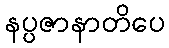
နပ္ပဇာနာတိပေ